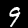
Digit: 9